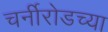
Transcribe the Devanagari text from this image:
चर्नीरोडच्या